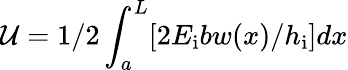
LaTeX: \mathcal{U}=1/2\int_{a}^{L}[2E_{\mathrm{{i}}}bw(x)/h_{\mathrm{{i}}}]dx